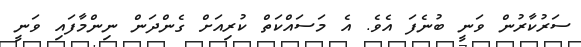
ސަރުކާރުން ވަނީ ބުނެފަ އެވެ. އެ މަސައްކަތް ކުރިއަށް ގެންދަން ނިިންމާފައި ވަނީ